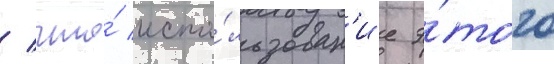
/ что́ испо́льзован'ие э́того